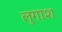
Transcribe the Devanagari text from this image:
लुगाश